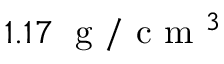
1 . 1 7 \; \mathrm { ~ g ~ } / \mathrm { ~ c ~ m ~ } ^ { 3 }